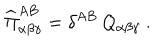
LaTeX: \widehat { \Pi } _ { \alpha \beta \gamma } ^ { A B } = \delta ^ { A B } \, \mathcal { Q } _ { \alpha \beta \gamma } ~ .